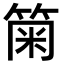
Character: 𥮫